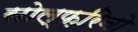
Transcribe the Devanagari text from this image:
सोल्फ़रिनो